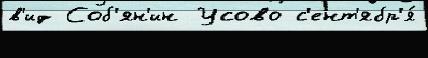
в'ид Соб'ян'ин Усово с'ент'ябр'я́